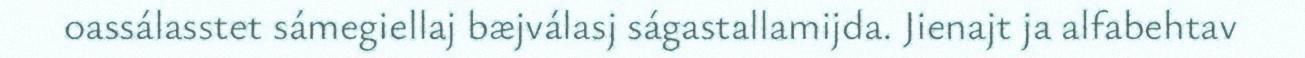
oassálasstet sámegiellaj bæjválasj ságastallamijda. Jienajt ja alfabehtav